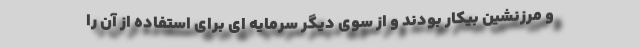
و مرزنشین بیکار بودند و از سوی دیگر سرمایه ای برای استفاده از آن را